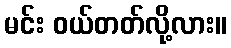
မင်း ဝယ်တတ်လို့လား။